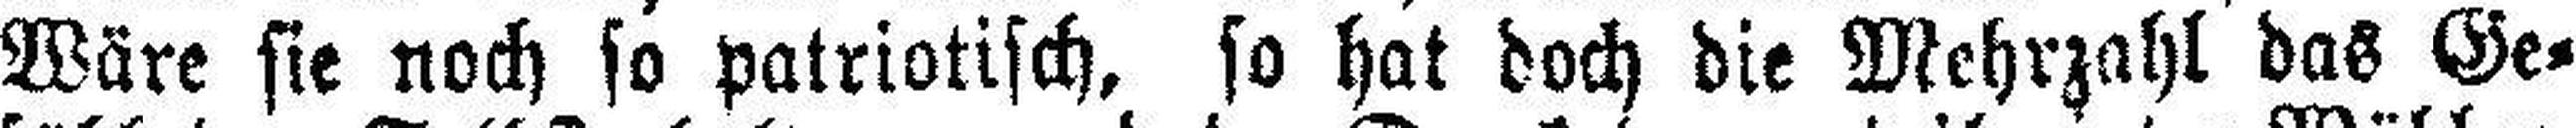
Wäre sie noch so patriotisch, so hat doch die Mehrzahl das Ge¬